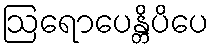
ဩရောပေန္တိပိပေ